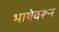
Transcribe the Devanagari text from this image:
भाषेवरून